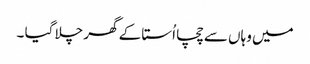
میں وہاں سے چچا اُستا کے گھر چلا گیا ۔